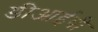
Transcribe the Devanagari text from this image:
डीआईबी